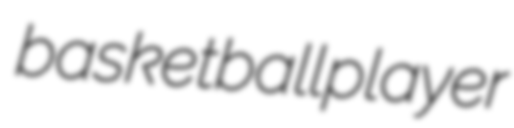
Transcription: basketball player